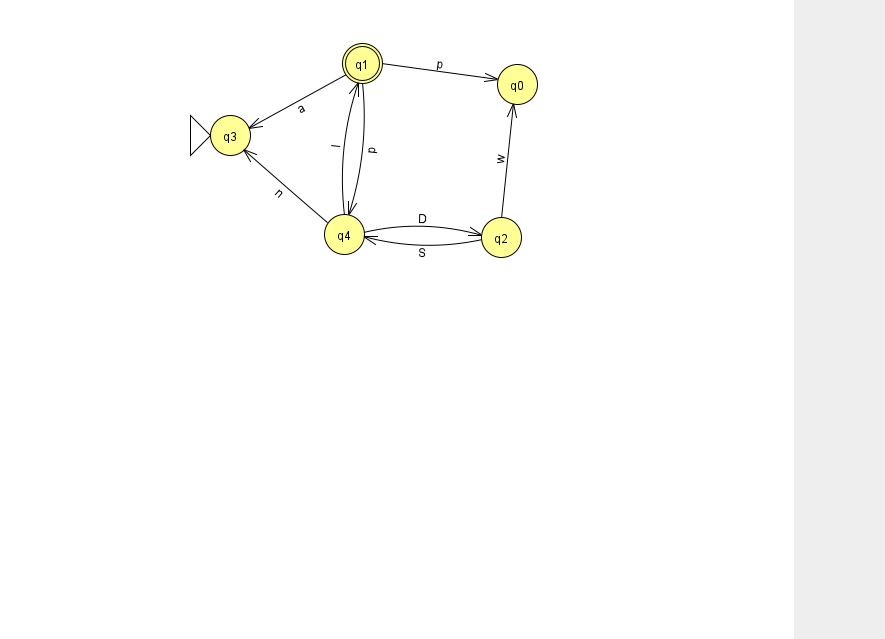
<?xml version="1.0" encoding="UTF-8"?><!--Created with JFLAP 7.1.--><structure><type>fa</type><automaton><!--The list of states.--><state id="0" name="q0"><x>517.0</x><y>71.0</y></state><state id="1" name="q1"><x>362.0</x><y>50.0</y><final/></state><state id="2" name="q2"><x>501.0</x><y>224.0</y></state><state id="3" name="q3"><x>230.0</x><y>122.0</y><initial/></state><state id="4" name="q4"><x>344.0</x><y>221.0</y></state><!--The list of transitions.--><transition><from>4</from><to>1</to><read>I</read></transition><transition><from>4</from><to>2</to><read>D</read></transition><transition><from>2</from><to>0</to><read>w</read></transition><transition><from>2</from><to>4</to><read>S</read></transition><transition><from>1</from><to>0</to><read>p</read></transition><transition><from>1</from><to>4</to><read>p</read></transition><transition><from>4</from><to>3</to><read>n</read></transition><transition><from>1</from><to>3</to><read>a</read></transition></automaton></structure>